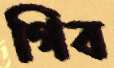
গিব